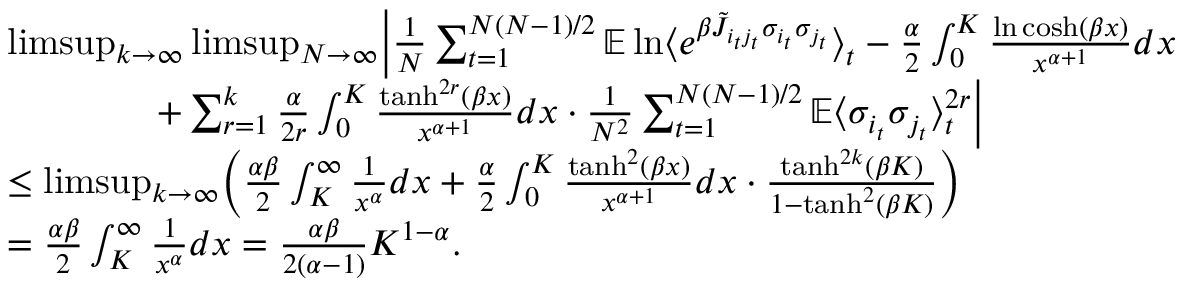
\begin{array} { r l } & { \operatorname* { l i m s u p } _ { k \to \infty } \operatorname* { l i m s u p } _ { N \to \infty } \Bigl | \frac { 1 } { N } \sum _ { t = 1 } ^ { N ( N - 1 ) / 2 } \mathbb E \ln \bigl \langle e ^ { \beta \tilde { J } _ { i _ { t } j _ { t } } \sigma _ { i _ { t } } \sigma _ { j _ { t } } } \bigr \rangle _ { t } - \frac { \alpha } { 2 } \int _ { 0 } ^ { K } \frac { \ln \cosh ( \beta x ) } { x ^ { \alpha + 1 } } d x } \\ & { \qquad \qquad + \sum _ { r = 1 } ^ { k } \frac { \alpha } { 2 r } \int _ { 0 } ^ { K } \frac { \operatorname { t a n h } ^ { 2 r } ( \beta x ) } { x ^ { \alpha + 1 } } d x \cdot \frac { 1 } { N ^ { 2 } } \sum _ { t = 1 } ^ { N ( N - 1 ) / 2 } \mathbb E \langle \sigma _ { i _ { t } } \sigma _ { j _ { t } } \rangle _ { t } ^ { 2 r } \Bigr | } \\ & { \leq \operatorname* { l i m s u p } _ { k \to \infty } \Bigl ( \frac { \alpha \beta } { 2 } \int _ { K } ^ { \infty } \frac { 1 } { x ^ { \alpha } } d x + \frac { \alpha } { 2 } \int _ { 0 } ^ { K } \frac { \operatorname { t a n h } ^ { 2 } ( \beta x ) } { x ^ { \alpha + 1 } } d x \cdot \frac { \operatorname { t a n h } ^ { 2 k } ( \beta K ) } { 1 - \operatorname { t a n h } ^ { 2 } ( \beta K ) } \Bigr ) } \\ & { = \frac { \alpha \beta } { 2 } \int _ { K } ^ { \infty } \frac { 1 } { x ^ { \alpha } } d x = \frac { \alpha \beta } { 2 ( \alpha - 1 ) } K ^ { 1 - \alpha } . } \end{array}